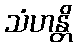
သံဟန္တိ